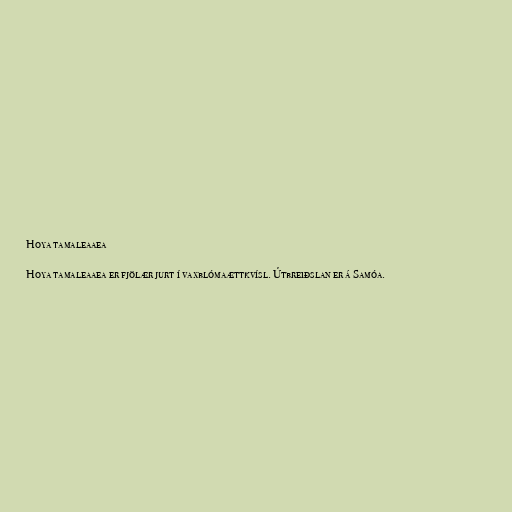
Hoya tamaleaaea

Hoya tamaleaaea er fjölær jurt í vaxblómaættkvísl. Útbreiðslan er á Samóa.